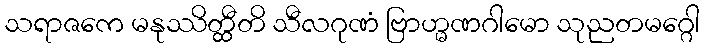
သရာဇကေ မနုဿိတ္ထီတိ သီလဂုဏံ ဗြာဟ္မဏဂါမော သုညတမဂ္ဂေါ